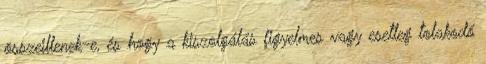
összeillenek-e, és hogy a kiszolgálás figyelmes vagy esetleg tolakodó